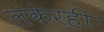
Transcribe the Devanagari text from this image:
लकेरही